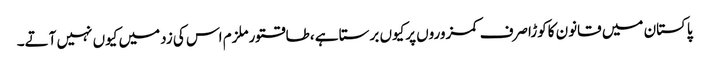
پاکستان میں قانون کاکوڑاصرف کمزوروں پرکیوں برستا ہے ،طاقتورملزم اس کی زدمیں کیوں نہیں آتے۔